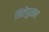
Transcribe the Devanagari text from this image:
त्रितेपुसन